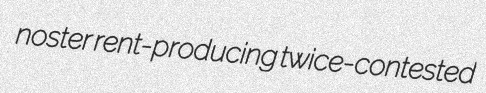
noster rent-producing twice-contested